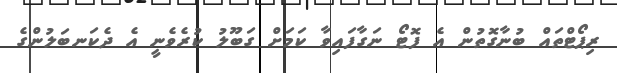
ރިޕޯޓްތައް ބުނާގޮތުން އެ ފޮޓޯ ނަގާފައިވާ ކަމަށް ގަބޫލު ކުރެވެނީ އެ ދެކަނބަލުންގެ